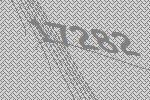
17282